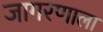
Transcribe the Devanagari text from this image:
जागरणाला